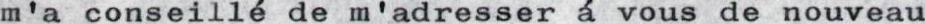
m'a conseillé de m'adresser á vousde nouveau